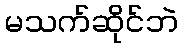
မသက်ဆိုင်ဘဲ